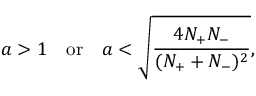
a > 1 \, \, \, \, \, \, \mathrm { o r } \, \, \, \, \, \, a < \sqrt { \frac { 4 N _ { + } N _ { - } } { ( N _ { + } + N _ { - } ) ^ { 2 } } } ,